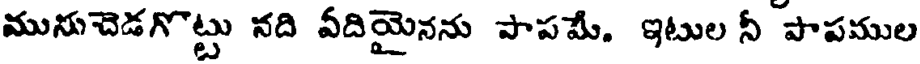
మునుచెడగొట్టు నది వదియైనను పాపమే. ఇటుల నీ పాపముల